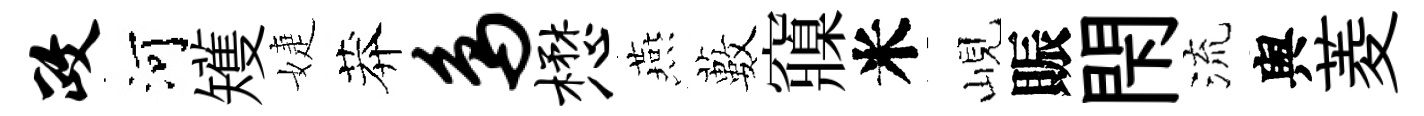
政河矱婕莽鸟懋燕藪䆿米峴賑閇流舆菱